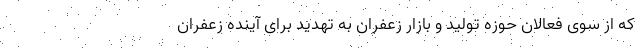
که از سوی فعالان حوزه تولید و بازار زعفران به تهدید برای آینده زعفران